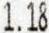
1.18